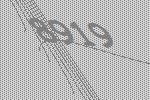
8919